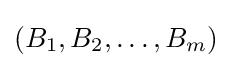
(B_{1},B_{2},\ldots ,B_{m})